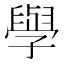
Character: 𫝯